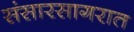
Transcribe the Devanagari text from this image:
संसारसागरात